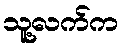
သူ့လက်က